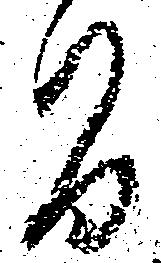
間